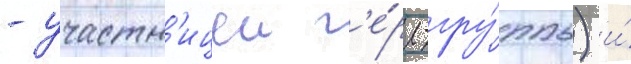
- участн'ицеи г'е́рл-гру́ппы) и́